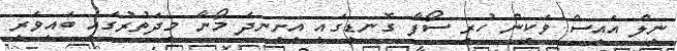
ނީލް އައިސް ވަކިން ހުރި ސޯފާ ގޮނޑީގައި އިށީނދެ މޯނާ މިދަތުރުގައި ބައިވެރި